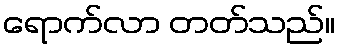
ရောက်လာ တတ်သည်။